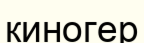
киногер